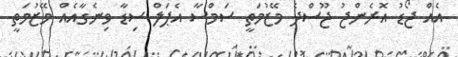
އެއް ޖޯޑު އޮރެންޖު ޖޫސްދެ މޭޒުމަތީ ސަމްސާ އެޕަލް ސިޑާ ވިނެގާއެއް މޭޒުމަތީ